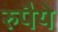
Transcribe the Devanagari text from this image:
रुपैये